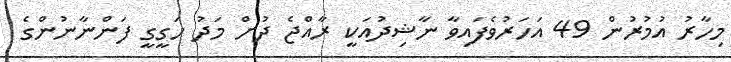
މިހާރު އުމުރުން 49 އަހަރުވެފައިވާ ނާޝިދުުއަކީ ރާއްޖެ ދުށް މަދު ހަގީގީ ފަންނާނުންގެ